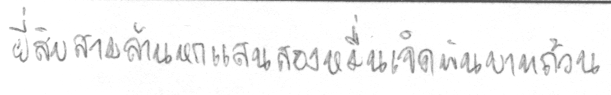
ยี่สิบสามล้านหกแสนสองหมื่นเจ็ดพันบาทถ้วน